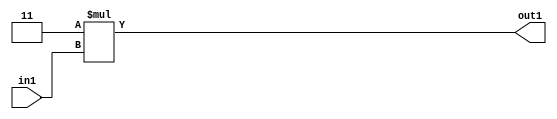
`timescale 1ps / 1ps
/*****************************************************************************
    Verilog RTL Description
    
    
    Created by: Stratus DpOpt 2019.1.01 
*******************************************************************************/

module DC_Filter_Mul2i3u2_4 (
	in1,
	out1
	); /* architecture "behavioural" */ 
input [1:0] in1;
output [3:0] out1;
wire [3:0] asc001;

assign asc001 = 
	+(4'B0011 * in1);

assign out1 = asc001;
endmodule

/* CADENCE  urX5Twk= : u9/ySgnWtBlWxVPRXgAZ4Og= ** DO NOT EDIT THIS LINE ******/